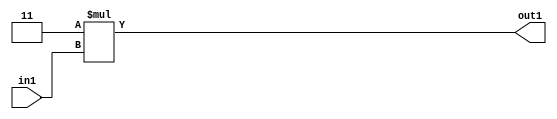
`timescale 1ps / 1ps
/*****************************************************************************
    Verilog RTL Description
    
    
    Created by: Stratus DpOpt 2019.1.01 
*******************************************************************************/

module DC_Filter_Mul2i3u2_4 (
	in1,
	out1
	); /* architecture "behavioural" */ 
input [1:0] in1;
output [3:0] out1;
wire [3:0] asc001;

assign asc001 = 
	+(4'B0011 * in1);

assign out1 = asc001;
endmodule

/* CADENCE  urX5Twk= : u9/ySgnWtBlWxVPRXgAZ4Og= ** DO NOT EDIT THIS LINE ******/